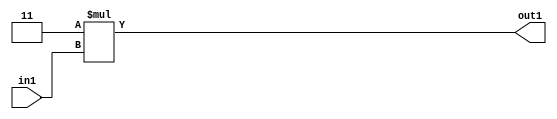
`timescale 1ps / 1ps
/*****************************************************************************
    Verilog RTL Description
    
    
    Created by: Stratus DpOpt 2019.1.01 
*******************************************************************************/

module DC_Filter_Mul2i3u2_4 (
	in1,
	out1
	); /* architecture "behavioural" */ 
input [1:0] in1;
output [3:0] out1;
wire [3:0] asc001;

assign asc001 = 
	+(4'B0011 * in1);

assign out1 = asc001;
endmodule

/* CADENCE  urX5Twk= : u9/ySgnWtBlWxVPRXgAZ4Og= ** DO NOT EDIT THIS LINE ******/